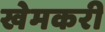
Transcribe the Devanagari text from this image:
खेमकरी